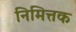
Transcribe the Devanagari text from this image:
निमित्तक